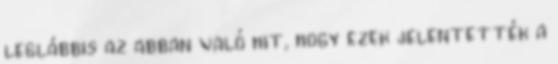
leglábbis az abban való hit, hogy ezek jelentették a